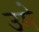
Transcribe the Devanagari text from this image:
उमे